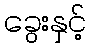
ခွေးနှင့်